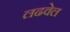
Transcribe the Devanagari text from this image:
लढवेल